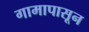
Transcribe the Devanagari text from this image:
गामापासून